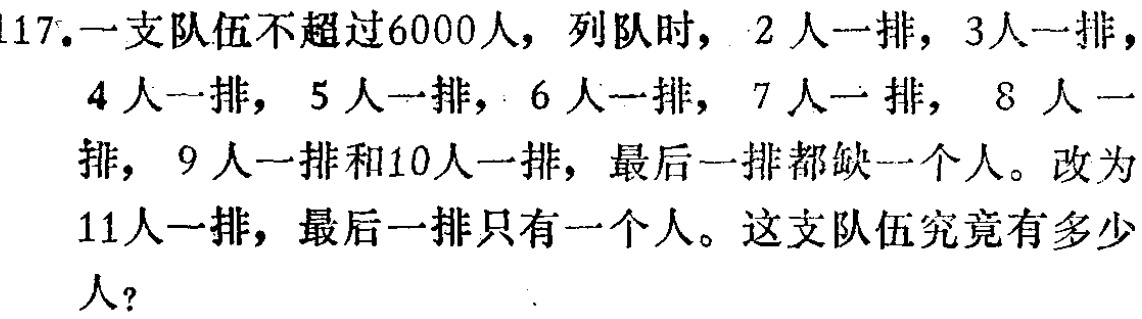
117. 一支队伍不超过6000人，列队时，2人一排，3人一排，

4人一排，5人一排，6人一排，7人一排，8人一排，

9人一排和10人一排，最后一排都缺一个人。改为

11人一排，最后一排只有一个人。这支队伍究竟有多少

人？